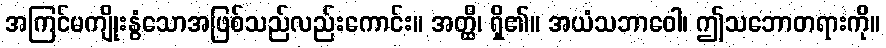
အကြင်မကျိုးနွံသောအဖြစ်သည်လည်းကောင်း။ အတ္ထိ၊ ရှိ၏။ အယံသဘာဝေါ၊ ဤသဘောတရားကို။